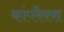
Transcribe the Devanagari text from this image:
कांप्लैक्स